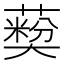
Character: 𦽽